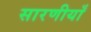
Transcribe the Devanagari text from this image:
सारणीयाँ